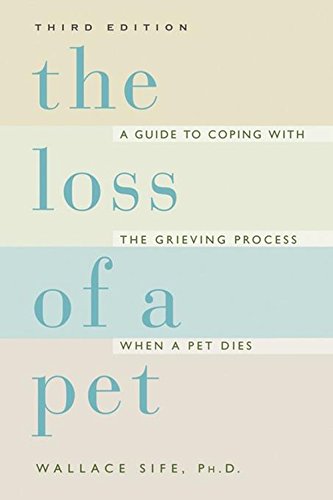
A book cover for The Loss of a Pet; Wallace Sife; Crafts, Hobbies & Home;